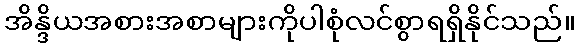
အိန္ဒိယအစားအစာများကိုပါစုံလင်စွာရရှိနိုင်သည်။